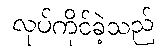
လုပ်ကိုင်ခဲ့သည်